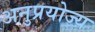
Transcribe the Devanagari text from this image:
अनुप्रयोज्य